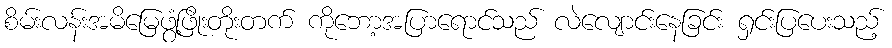
စိမ်းလန်းအမိမြေဖွံ့ဖြိုးတိုးတက် ကိုဘော့အပြာရောင်သည် လဲလျောင်းနေခြင်း ရှင်းပြပေးသည့်